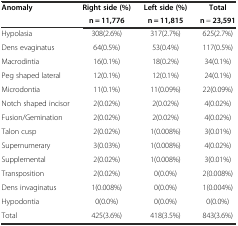
| <ROWSPAN=2> Anomaly | Right side (%) | Left side (%) | Total |
 | n = 11,776 | n = 11,815 | n = 23,591 |
 | --- | --- | --- | --- |
 | Hypolasia | 308(2.6%) | 317(2.7%) | 625(2.7%) |
 | Dens evaginatus | 64(0.5%) | 53(0.4%) | 117(0.5%) |
 | Macrodintia | 16(0.1%) | 18(0.2%) | 34(0.1%) |
 | Peg shaped lateral | 12(0.1%) | 12(0.1%) | 24(0.1%) |
 | Microdontia | 11(0.1%) | 11(0.09%) | 22(0.09%) |
 | Notch shaped incisor | 2(0.02%) | 2(0.02%) | 4(0.02%) |
 | Fusion/Gemination | 2(0.02%) | 2(0.02%) | 4(0.02%) |
 | Talon cusp | 2(0.02%) | 1(0.008%) | 3(0.01%) |
 | Supernumerary | 3(0.03%) | 1(0.008%) | 4(0.02%) |
 | Supplemental | 2(0.02%) | 1(0.008%) | 3(0.01%) |
 | Transposition | 2(0.02%) | 0(0.0%) | 2(0.008%) |
 | Dens invaginatus | 1(0.008%) | 0(0.0%) | 1(0.004%) |
 | Hypodontia | 0(0.0%) | 0(0.0%) | 0(0.0%) |
 | Total | 425(3.6%) | 418(3.5%) | 843(3.6%) |